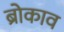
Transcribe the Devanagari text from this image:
ब्रोकाव